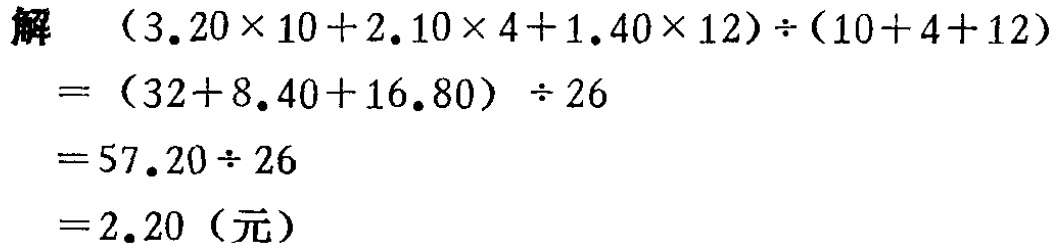
\[
\begin{align*}
\text{解} &\quad(3.20\times10 + 2.10\times4 + 1.40\times12)\div(10 + 4 + 12)\\
&=(32 + 8.40+16.80)\div26\\
&=57.20\div26\\
&=2.20 (\text{元})
\end{align*}
\]